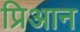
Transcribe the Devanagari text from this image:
प्रिआन